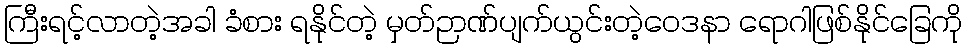
ကြီးရင့်လာတဲ့အခါ ခံစား ရနိုင်တဲ့ မှတ်ဉာဏ်ပျက်ယွင်းတဲ့ဝေဒနာ ရောဂါဖြစ်နိုင်ခြေကို